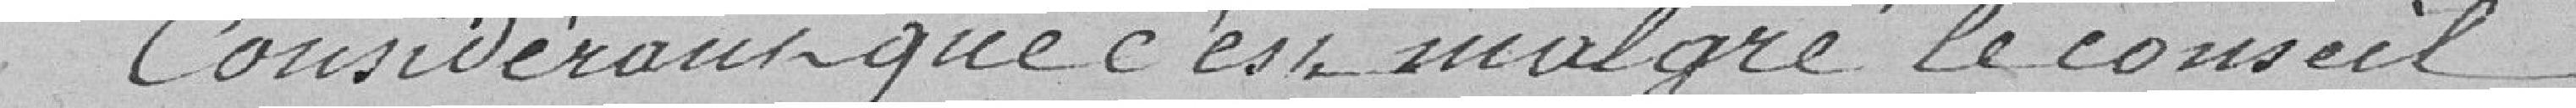
Considérant que c'est, malgré le conseil